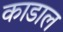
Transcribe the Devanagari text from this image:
काडाल